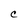
Character: C